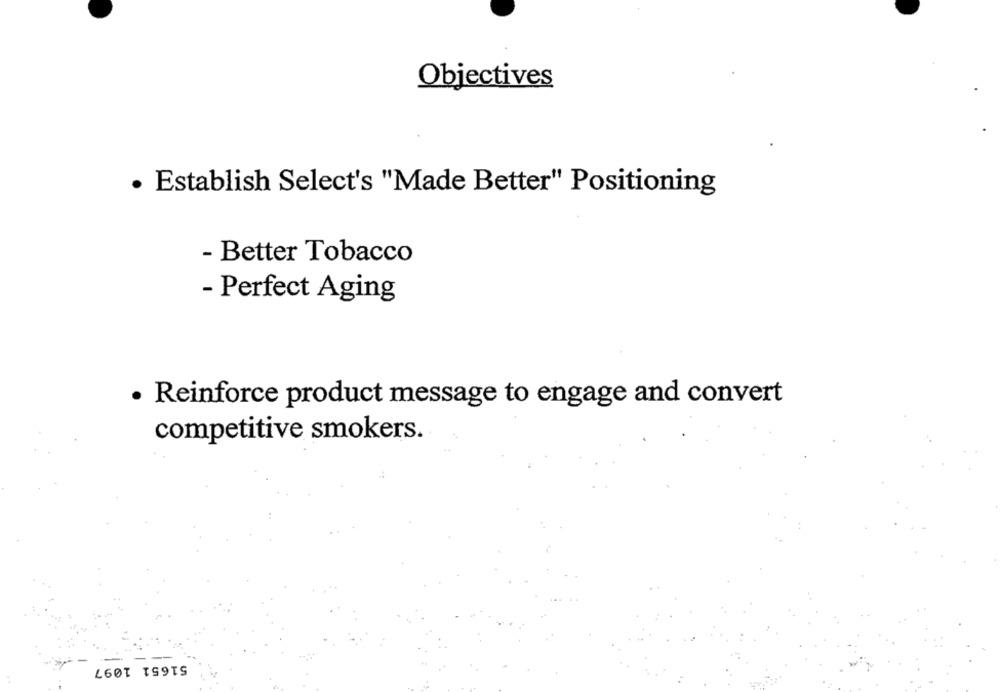
Objectives
· Establish Select's "Made Better" Positioning
- Better Tobacco
- Perfect Aging
· Reinforce product message to engage and convert
competitive smokers.
51651 1097